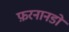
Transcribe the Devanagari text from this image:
फ़रनानडो